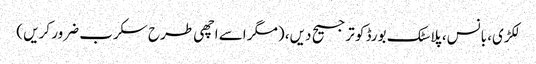
لکڑی، بانس، پلاسٹک بورڈ کو ترجیح دیں، (مگر اسے اچھی طرح سکرب ضرور کریں )